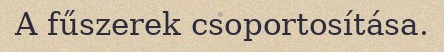
A fűszerek csoportosítása.